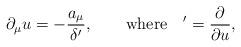
LaTeX: \begin{align*}\partial_{\mu}u=-\frac{a_{\mu}}{\delta'}, \qquad \mbox{where} \quad {}'=\frac{\partial}{\partial u}, \end{align*}